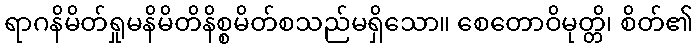
ရာဂနိမိတ်ရှုမနိမိတိနိစ္စမိတ်စသည်မရှိသော။ စေတောဝိမုတ္တိ၊ စိတ်၏